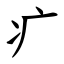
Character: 疒